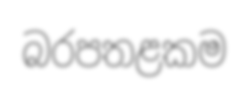
බරපතළකම